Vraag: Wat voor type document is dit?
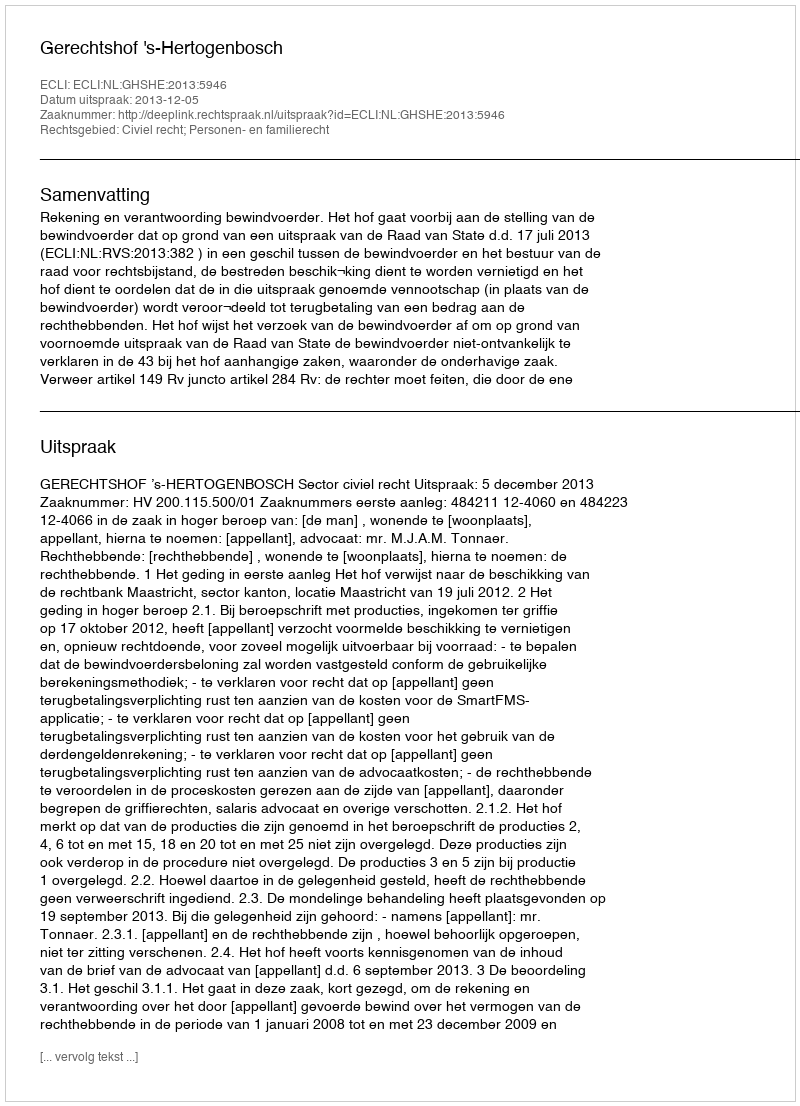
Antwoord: Uitspraak